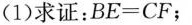
(1)求证：$$B E = C F$$；